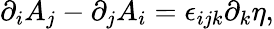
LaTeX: \partial_{i}A_{j}-\partial_{j}A_{i}=\epsilon_{ijk}\partial_{k}\eta,